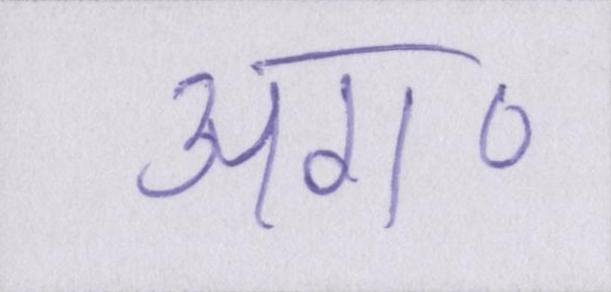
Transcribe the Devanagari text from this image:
अग॰